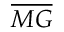
\overline { { M G } }